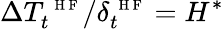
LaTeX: \Delta T_{t}^{\mathrm{~\scriptsize~H~F~}}/\delta_{t}^{\mathrm{~\scriptsize~H~F~}}=H^{*}